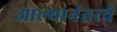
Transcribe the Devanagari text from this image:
आल्यानंतरचे